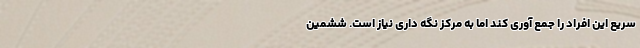
سریع این افراد را جمع آوری کند اما به مرکز نگه داری نیاز است. ششمین